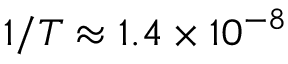
1 / T \approx 1 . 4 \times 1 0 ^ { - 8 }